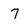
Character: 7